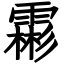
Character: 霦